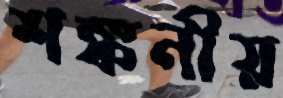
শঙ্কনীয়